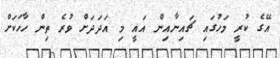
އޭގެ ކުރީ މަހުގައި ޗައިނާއިން އައީ މި އަދަދަށް ވުރެ ތިން ހާހަކަށް